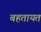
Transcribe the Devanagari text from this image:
बहतायत